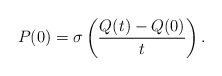
LaTeX: \begin{align*}P(0) = \sigma\left(\frac{Q(t)-Q(0)}{t}\right).\end{align*}